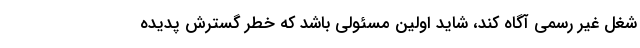
شغل غیر رسمی آگاه کند، شاید اولین مسئولی باشد که خطر گسترش پدیده